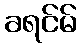
ခရင်မ်